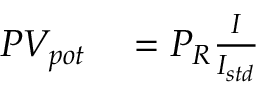
\begin{array} { r l } { P V _ { p o t } } & { { } = P _ { R } \frac { I } { I _ { s t d } } } \end{array}